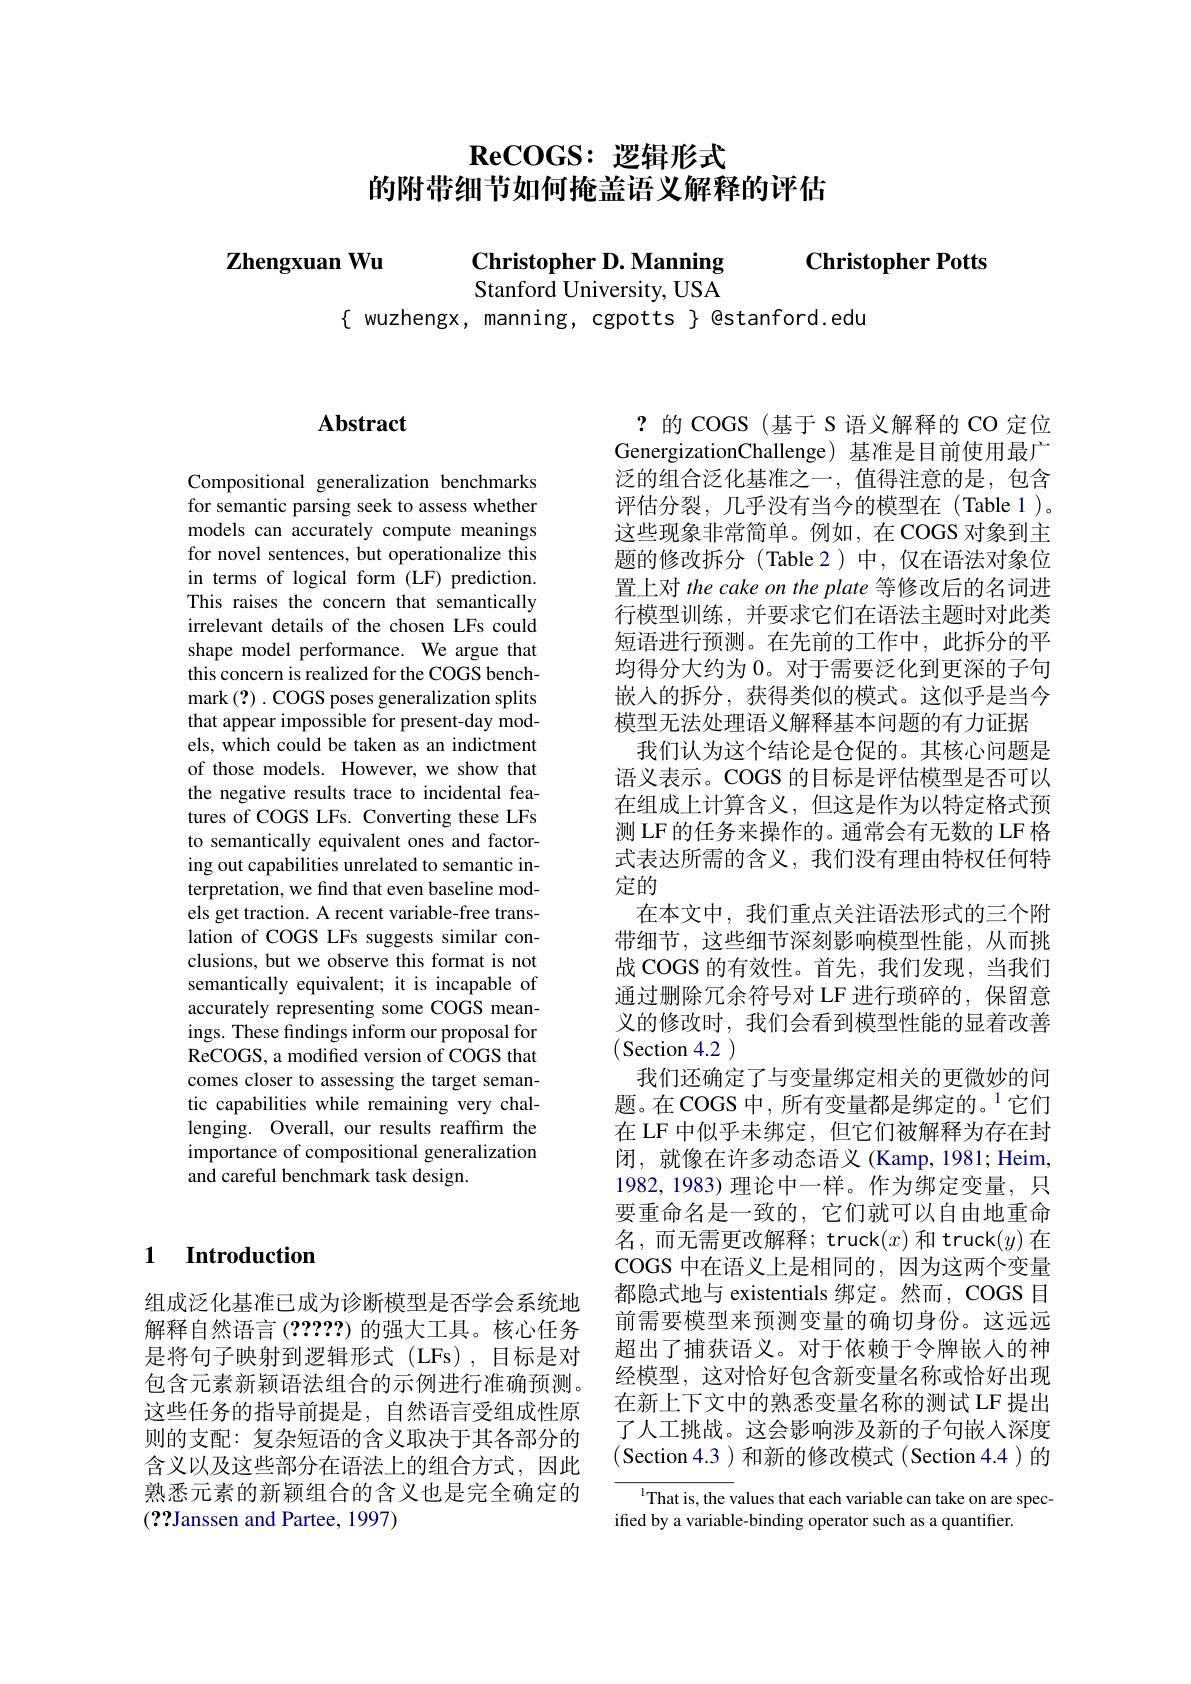
# $\textbf{ReCOGS: 逻 辑 形 式 }$ 的附带细节如何掩盖语义解释的评估

Christopher D. Manning Christopher Potts

Zhengxuan Wu

Stanford University, USA

$\{$ wuzhengx, manning, cgpotts $\}$ @stanford.edu

### $\textbf{1}$ $\textbf{Introduction}$

组成泛化基准已成为诊断模型是否学会系统地解释自然语言(?????)的强大工具。核心任务是将句子映射到逻辑形式(LFs),目标是对包含元素新颖语法组合的示例进行准确预测。这些任务的指导前提是，自然语言受组成性原则的支配：复杂短语的含义取决于其各部分的含义以及这些部分在语法上的组合方式，因此熟悉元素的新颖组合的含义也是完全确定的(??Janssen and Partee, 1997)

### $\mathbf{Abstract}$

Compositional generalization benchmarks for semantic parsing seek to assess whether models can accurately compute meanings for novel sentences, but operationalize this in terms of logical form (LF) prediction. This raises the concern that semantically irrelevant details of the chosen LFs could shape model performance. We argue that this concern is realized for the COGS benchmark (?) . COGS poses generalization splits that appear impossible for present-day models, which could be taken as an indictment of those models. However, we show that the negative results trace to incidental features of COGS LFs. Converting these LFs to semantically equivalent ones and factoring out capabilities unrelated to semantic interpretation, we find that even baseline models get traction. A recent variable-free translation of COGS LFs suggests similar conclusions, but we observe this format is not semantically equivalent; it is incapable of accurately representing some COGS meanings. These findings inform our proposal for ReCOGS, a modified version of COGS that comes closer to assessing the target semantic capabilities while remaining very challenging. Overall, our results reaffirm the importance of compositional generalization and careful benchmark task design.

?的COGS(基于 S 语义解释的 CO 定位GenergizationChallenge) 基准是目前使用最广泛的组合泛化基准之一，值得注意的是，包含评估分裂，几乎没有当今的模型在(Table 1)。这些现象非常简单。例如，在 COGS 对象到主题的修改拆分(Table 2)中，仅在语法对象位置上对 the cake on the plate 等修改后的名词进行模型训练，并要求它们在语法主题时对此类短语进行预测。在先前的工作中，此拆分的平均得分大约为 0。对于需要泛化到更深的子句嵌入的拆分，获得类似的模式。这似乎是当今模型无法处理语义解释基本问题的有力证据
我们认为这个结论是仓促的。其核心问题是语义表示。COGS 的目标是评估模型是否可以在组成上计算含义，但这是作为以特定格式预测 LF 的任务来操作的。通常会有无数的 LF 格式表达所需的含义，我们没有理由特权任何特定的
在本文中，我们重点关注语法形式的三个附带细节，这些细节深刻影响模型性能，从而挑战 COGS 的有效性。首先，我们发现，当我们通过删除冗余符号对 LF 进行琐碎的，保留意义的修改时，我们会看到模型性能的显着改善(Section 4.2)
我们还确定了与变量绑定相关的更微妙的问题。在COGS 中，所有变量都是绑定的。$^{1}$它们在 LF 中似乎未绑定，但它们被解释为存在封闭，就像在许多动态语义(Kamp, 1981; Heim, 1982,1983)理论中一样。作为绑定变量，只要重命名是一致的，它们就可以自由地重命名，而无需更改解释；truck$(x)$和 truck$(y)$在COGS 中在语义上是相同的，因为这两个变量都隐式地与 existentials 绑定。然而，COGS 目前需要模型来预测变量的确切身份。这远远超出了捕获语义。对于依赖于令牌嵌人的神经模型，这对恰好包含新变量名称或恰好出现在新上下文中的熟悉变量名称的测试 LF 提出了人工挑战。这会影响涉及新的子句嵌入深度(Section 4.3 )和新的修改模式(Section 4.4 )的
$^{\mathrm{l}}$That is, the values that each variable can take on are spec-

ified by a variable-binding operator such as a quantifier.